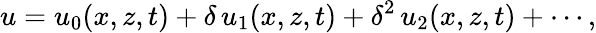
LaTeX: u=u_{0}(x,z,t)+\delta\, u_{1}(x,z,t)+\delta^{2}\, u_{2}(x,z,t)+\cdots,